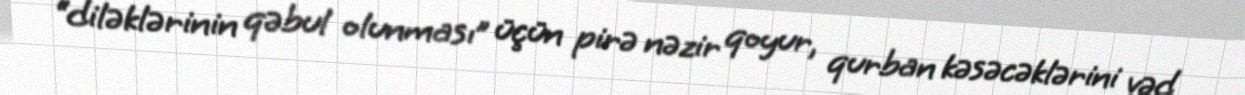
“diləklərinin qəbul olunması” üçün pirə nəzir qoyur, qurban kəsəcəklərini vəd